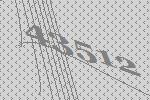
43512